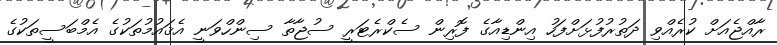
ރާއްޖެއަށް ކުރެއްވި ދަތުރުފުޅަށްފަހު އިންޑިއާގެ ފޮރިން ސެކްރެޓަރީ ސުޖާތާ ސިންހްވަނީ އެޤައުމުތަކުގެ އެމްބަސީތަކުގެ